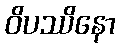
ဝိပဿိနော